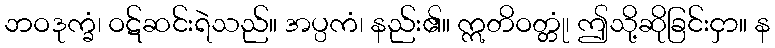
ဘဝဒုက္ခံ၊ ဝဋ်ဆင်းရဲသည်။ အပ္ပကံ၊ နည်း၏။ ဣတိဝတ္တုံ၊ ဤသို့ဆိုခြင်းငှာ။ န